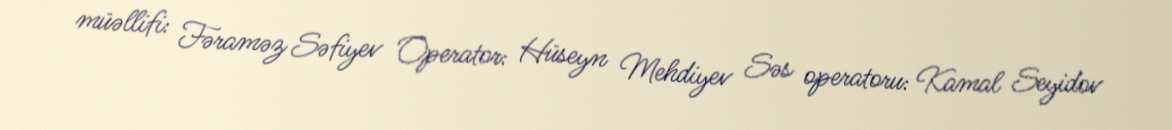
müəllifi: Fəraməz Səfiyev Operator: Hüseyn Mehdiyev Səs operatoru: Kamal Seyidov